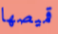
قميصها